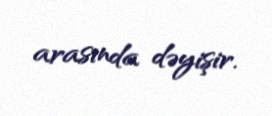
arasında dəyişir.